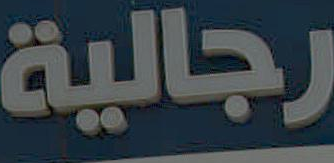
رجالية